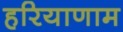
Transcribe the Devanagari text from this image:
हरियाणाम